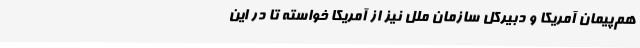
هم‌پیمان آمریکا و دبیرکل سازمان ملل نیز از آمریکا خواسته تا در این